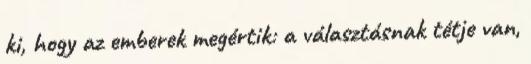
ki, hogy az emberek megértik: a választásnak tétje van,